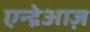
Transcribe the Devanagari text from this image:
एन्द्रेआज़